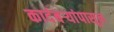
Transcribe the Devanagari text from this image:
कादंबऱ्यांपासून